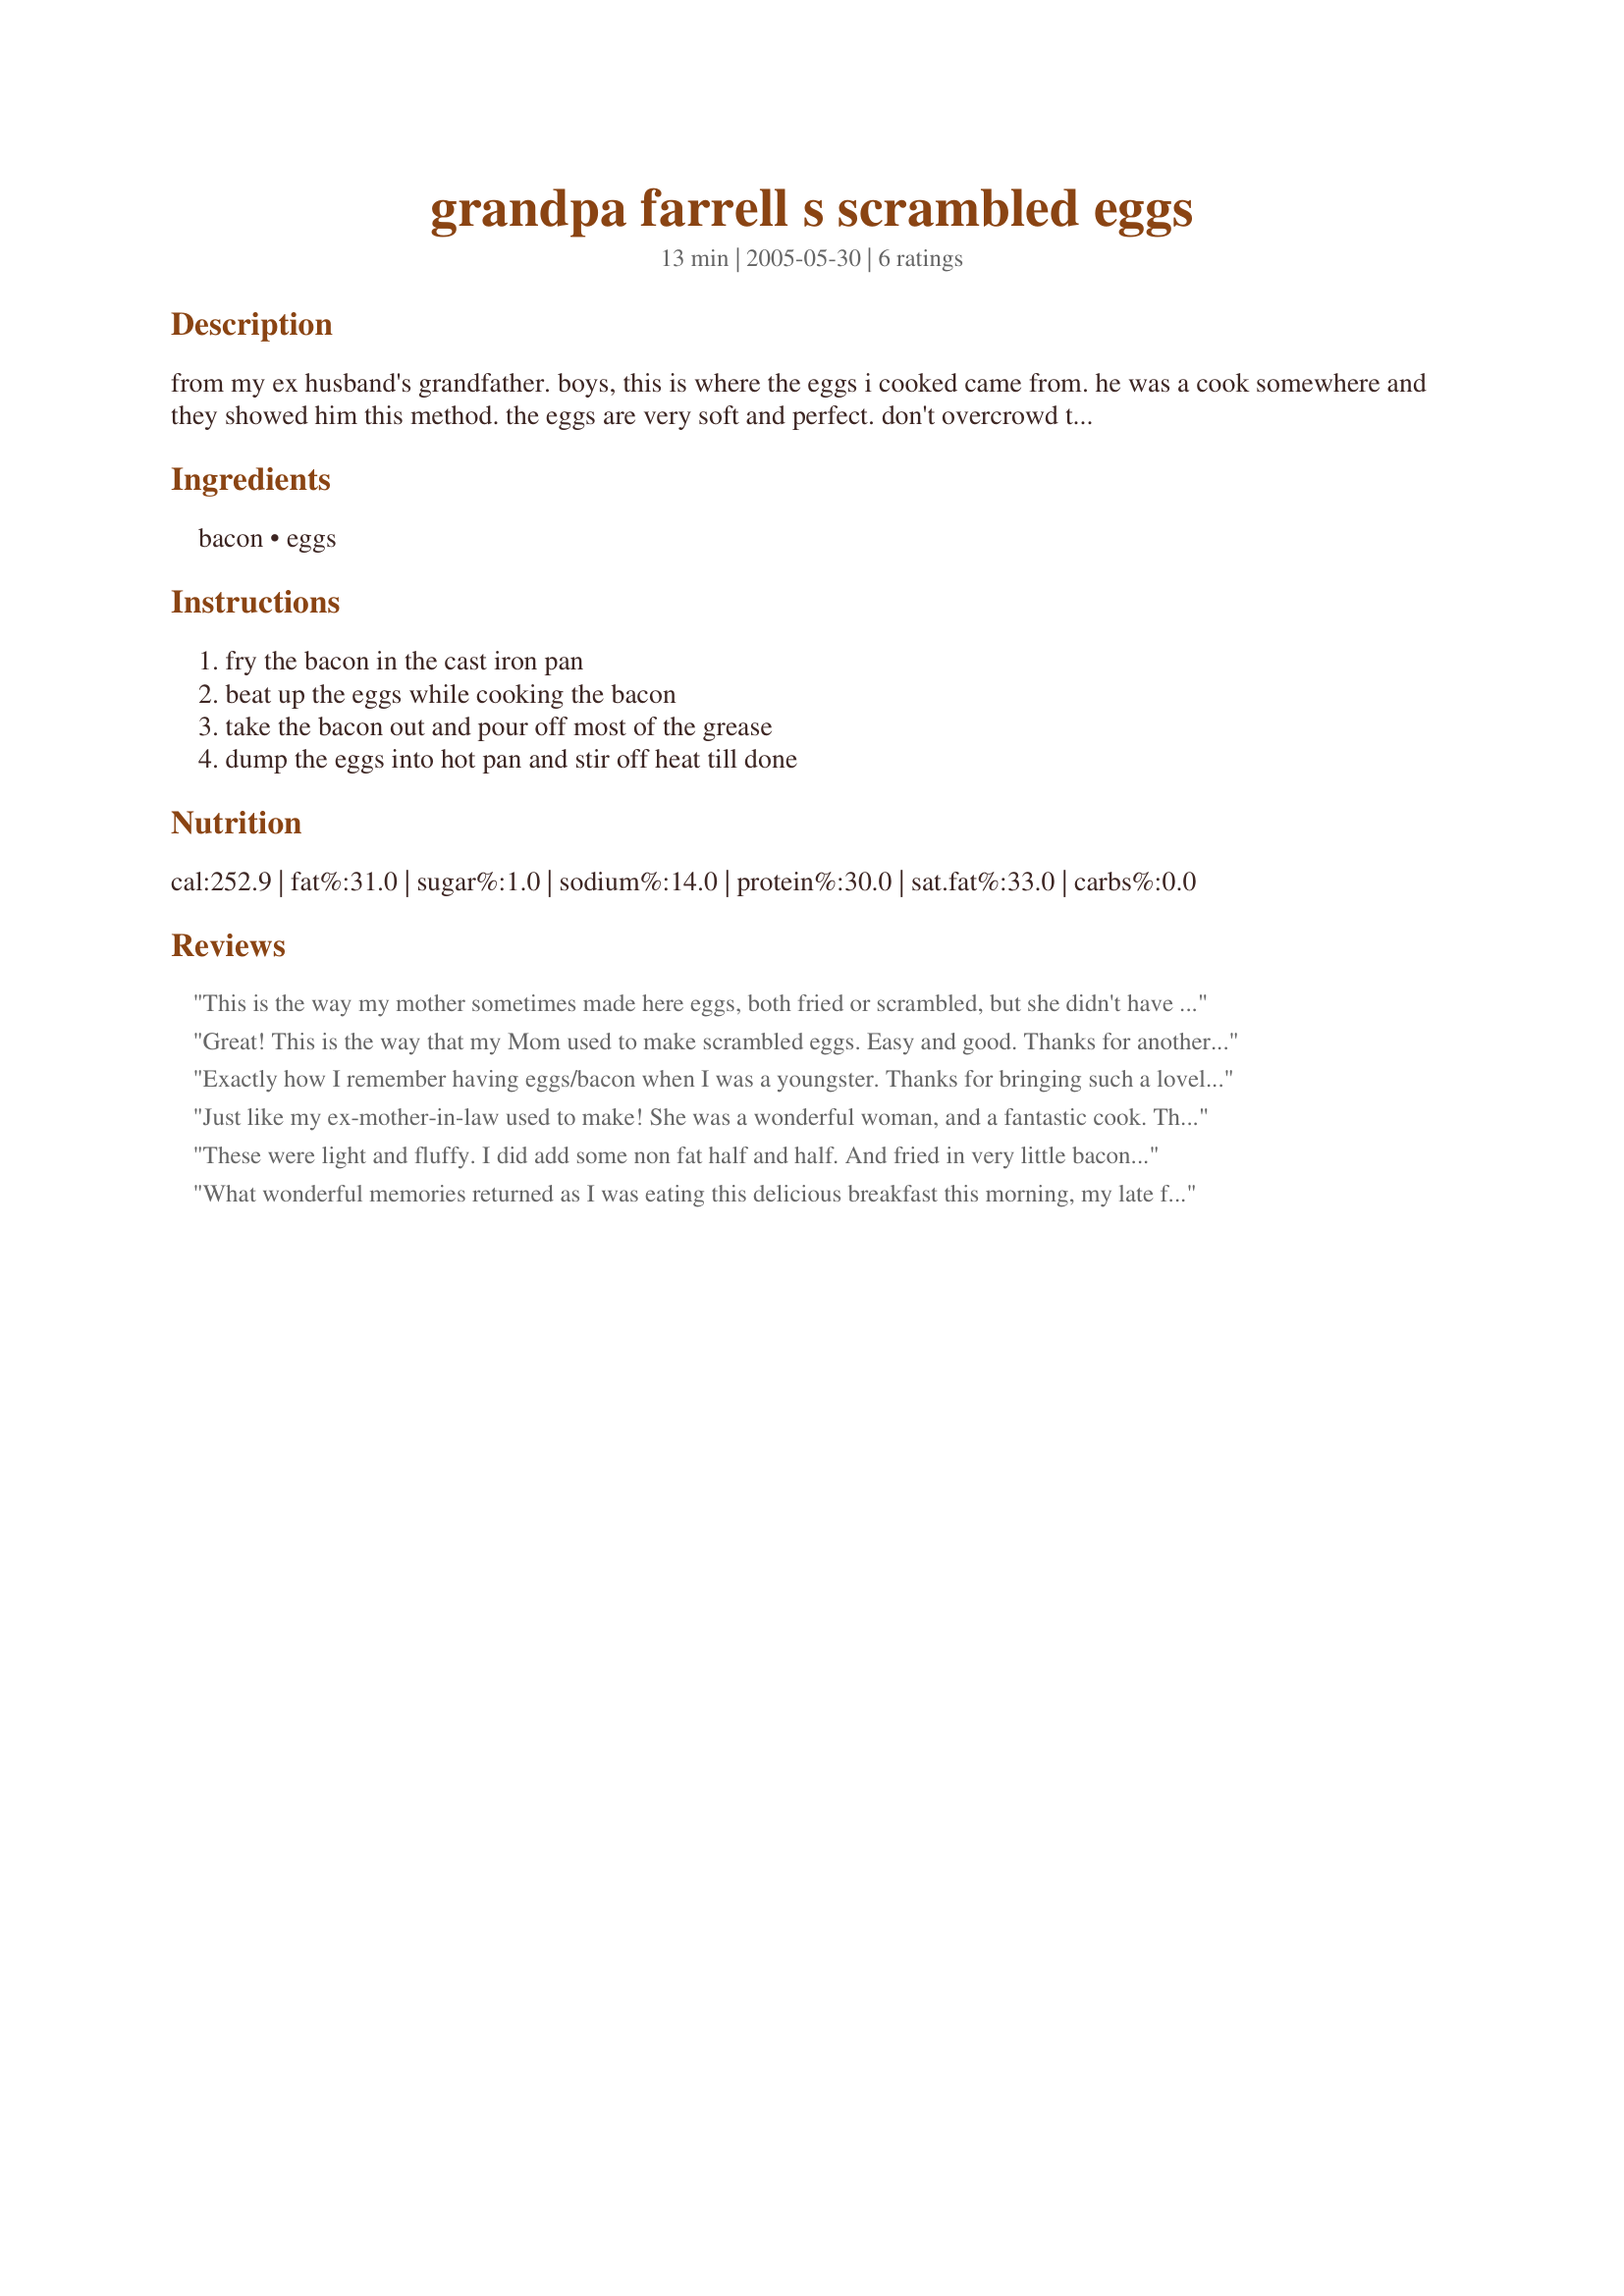
grandpa farrell s scrambled eggs
Preparation time: 13 minutes

from my ex husband's grandfather. boys, this is where the eggs i cooked came from. he was a cook somewhere and they showed him this method. the eggs are very soft and perfect. don't overcrowd the cast iron pan with eggs. it's time consuming, but worth it if you don't have too many.

Ingredients:
bacon, eggs

Steps:
fry the bacon in the cast iron pan, beat up the eggs while cooking the bacon, take the bacon out and pour off most of the grease, dump the eggs into hot pan and stir off heat till done

Reviews:
This is the way my mother sometimes made here eggs, both fried or scrambled, but she didn't have a cast iron pan. I made this as written, using a cast iron pan, and love the added flavor that the bacon grease brings to the eggs. I fried the bacon, and while egg was cooking, I toasted an english muffin, added a slice of cheese to it and then topped it with the egg and bacon slices for a great morning sandwich!!! Thanks for sharing the recipe and congrats on your win in the 12 Days of Christmas Surprise Event.
Great! This is the way that my Mom used to make scrambled eggs. Easy and good. Thanks for another keeper, Dee. Made for Went to the Market Tag.
Exactly how I remember having eggs/bacon when I was a youngster. Thanks for bringing such a lovely memory back~ I followed this exactly~ nice with the cast iron pan. Added an english muffin, and this was the best! Thanks for posting!
Just like my ex-mother-in-law used to make! She was a wonderful woman, and a fantastic cook. Thanks for bringing back some spectacular memories.
These were light and fluffy. I did add some non fat half and half. And fried in very little bacon fat.
What wonderful memories returned as I was eating this delicious breakfast this morning, my late father used to make a very similar breakfast but he would add mushrooms and cook them with the bacon and then scramble the eggs and serve with a thick slice of buttery toast - well I didn't do the mushrooms but still enjoyed my breakfast and my memories. Thank you Dienia B, made for Went To Market tag game.
